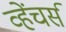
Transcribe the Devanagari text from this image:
व्हेंचर्स